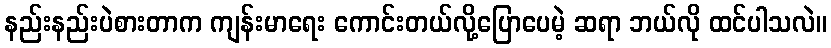
နည်းနည်းပဲစားတာက ကျန်းမာရေး ကောင်းတယ်လို့ပြောပေမဲ့ ဆရာ ဘယ်လို ထင်ပါသလဲ။